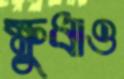
ক্ষুধাও